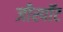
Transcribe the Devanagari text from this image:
जीस्पॉट